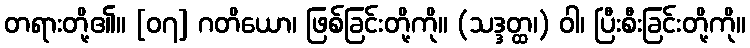
တရားတို့၏။ [၀၇] ဂတိယော၊ ဖြစ်ခြင်းတို့ကို။ (သဒ္ဒတ္ထ၊) ဝါ၊ ပြီးစီးခြင်းတို့ကို။